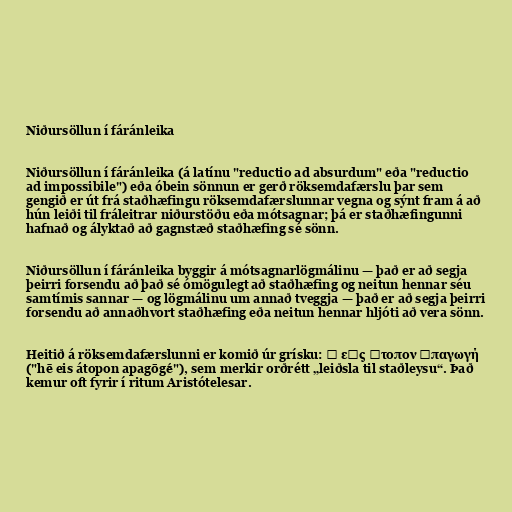
Niðursöllun í fáránleika

Niðursöllun í fáránleika (á latínu "reductio ad absurdum" eða "reductio
ad impossibile") eða óbein sönnun er gerð röksemdafærslu þar sem
gengið er út frá staðhæfingu röksemdafærslunnar vegna og sýnt fram á að
hún leiði til fráleitrar niðurstöðu eða mótsagnar; þá er staðhæfingunni
hafnað og ályktað að gagnstæð staðhæfing sé sönn.

Niðursöllun í fáránleika byggir á mótsagnarlögmálinu — það er að segja
þeirri forsendu að það sé ómögulegt að staðhæfing og neitun hennar séu
samtímis sannar — og lögmálinu um annað tveggja — það er að segja þeirri
forsendu að annaðhvort staðhæfing eða neitun hennar hljóti að vera sönn.

Heitið á röksemdafærslunni er komið úr grísku: ἡ εἰς ἄτοπον ἀπαγωγή
("hē eis átopon apagōgḗ"), sem merkir orðrétt „leiðsla til staðleysu“. Það
kemur oft fyrir í ritum Aristótelesar.